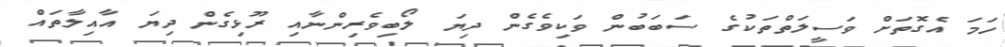
ހަމަ އެގޮތަށް ވަސީލަތްތަކުގެ ސަބަބުން ވަކިވެގެން ދިޔަ ލޯބިވެރިންނާއި ރޫޅިގެން ދިޔަ އާއިލާތައް